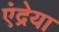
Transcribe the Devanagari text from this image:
एंद्रेया